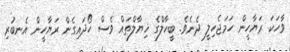
ވާހަކަ ރަޔާހީން ހަމަޖެހިލީ ދެނެވެ. ބީހާލްގެ ޚިޔާލްތައް ވެސް ހޯދައިގެން ރަޔާހީން އެނބުރި